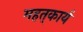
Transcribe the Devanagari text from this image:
महत्‌कार्य